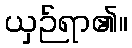
ယှဉ်ရာ၏။